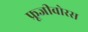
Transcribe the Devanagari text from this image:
फ्रूजीवोरस